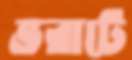
ভরাটে